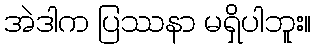
အဲဒါက ပြဿနာ မရှိပါဘူး။